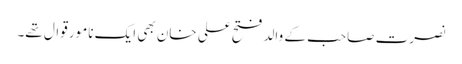
نصرت صاحب کے والد فتح علی خان بھی ایک نامور قوال تھے۔